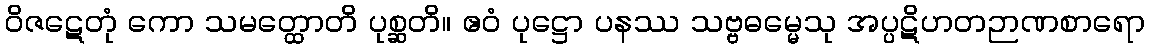
ဝိဇဋေတုံ ကော သမတ္ထောတိ ပုစ္ဆတိ။ ဧဝံ ပုဋ္ဌော ပနဿ သဗ္ဗဓမ္မေသု အပ္ပဋိဟတဉာဏစာရော